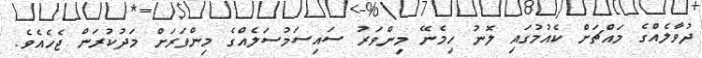
ދުވާލެއްގެ މައްޗަށް ކެއުމުގައި ލޮނު ހިމެނޭ މިންވަރު ސައިސަމުސަލެއްގެ މިންވަރަށް މަދުކުރަން ޖެހެއެވެ.